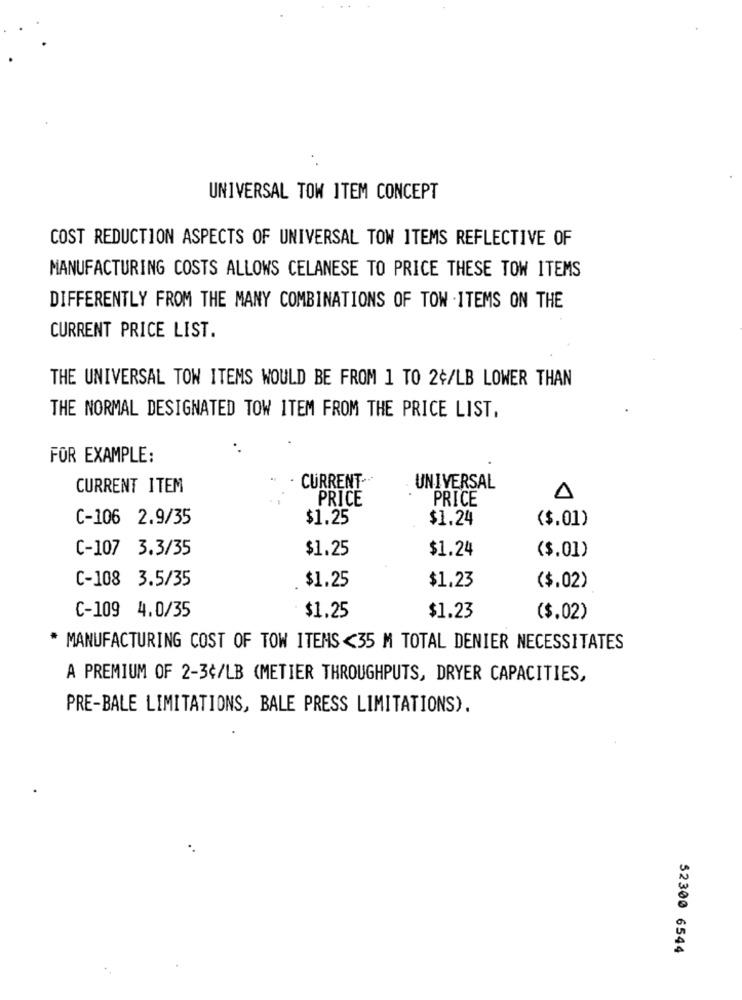
UNIVERSAL TOW ITEM CONCEPT
COST REDUCTION ASPECTS OF UNIVERSAL TOW ITEMS REFLECTIVE OF
MANUFACTURING COSTS ALLOWS CELANESE TO PRICE THESE TOW ITEMS
DIFFERENTLY FROM THE MANY COMBINATIONS OF TOW .ITEMS ON THE
CURRENT PRICE LIST.
THE UNIVERSAL TOW ITEMS WOULD BE FROM 1 TO 2+/LB LOWER THAN
THE NORMAL DESIGNATED TOW ITEM FROM THE PRICE LIST,
FOR EXAMPLE:
CURRENT-
CURRENT ITEM
UNIVERSAL
PRICE
PRICE
C-106 2.9/35
$1.25
$1.24
($.01)
C-107 3.3/35
$1.25
$1.24
($.01)
C-108 3.5/35
$1.25
$1.23
($.02)
C-109 4.0/35
$1.25
$1.23
($.02)
* MANUFACTURING COST OF TOW ITEMS<35 M TOTAL DENIER NECESSITATES
A PREMIUM OF 2-3¢/LB (METIER THROUGHPUTS, DRYER CAPACITIES,
PRE-BALE LIMITATIONS, BALE PRESS LIMITATIONS).
52300 6544